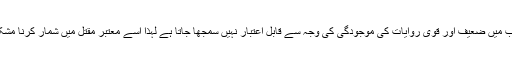
اس کتاب میں ضعیف اور قوی روایات کی موجودگی کی وجہ سے قابل اعتبار نہیں سمجھا جاتا ہے لہذا اسے معتبر مقتل میں شمار کرنا مشکل ہے ۔